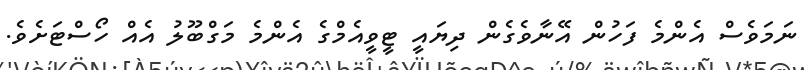
ނަމަވެސް އެންމެ ފަހުން އޭނާވެގެން ދިޔައީ ޓީވީއެމްގެ އެންމެ މަގްބޫލު އެއް ހޯސްޓަށެވެ.